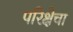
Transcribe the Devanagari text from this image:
परिक्षेचा